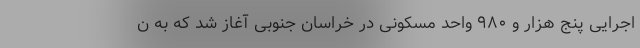
اجرایی پنج هزار و ۹۸۰ واحد مسکونی در خراسان جنوبی آغاز شد که به ن